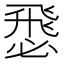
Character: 𢞵